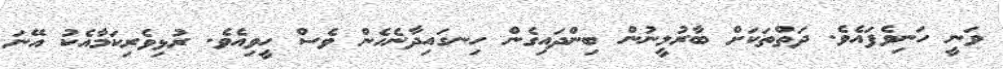
ވަނީ ހަނިވެފައެވެ. ދަތްތަކަށް ބާރުލީނުން ބިންދައިގެން ހިނގައިދާނެހެން ވެސް ހީވިއެވެ. ރުޅިވެރިކަމާއެކު އޭނަ